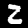
Label: 2